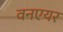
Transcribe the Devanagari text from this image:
वनएयर